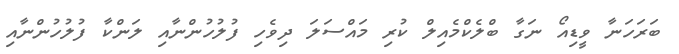
ބަރަހަނާ ވީޑިއޯ ނަގާ ބްލެކްމެއިލް ކުރި މައްސަލަ ދިވެހި ފުލުހުންނާއި ލަންކާ ފުލުހުންނާއި